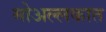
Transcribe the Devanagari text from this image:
मोअल्लकात